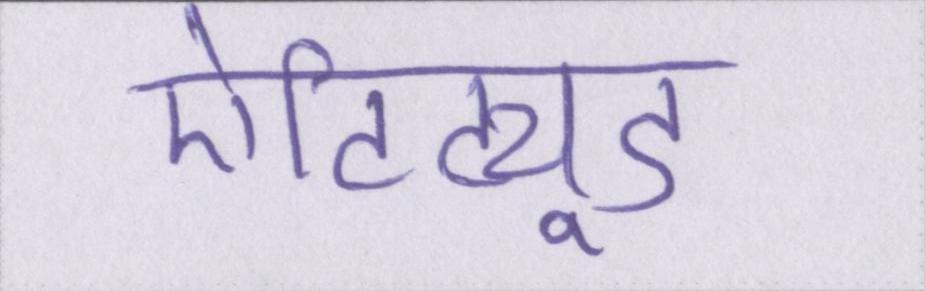
ऐटिट्यूड